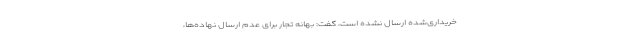
خریداری‌شده ارسال نشده است، گفت: بهانه تجار برای عدم ارسال نهاده‌ها،